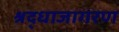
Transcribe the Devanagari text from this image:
श्रद्धाजागरण